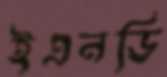
ইএনডি